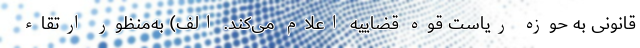
قانونی به حوزه ریاست قوه قضاییه اعلام می‌کند. الف) به‌منظور ارتقاء